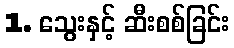
1. သွေးနှင့် ဆီးစစ်ခြင်း